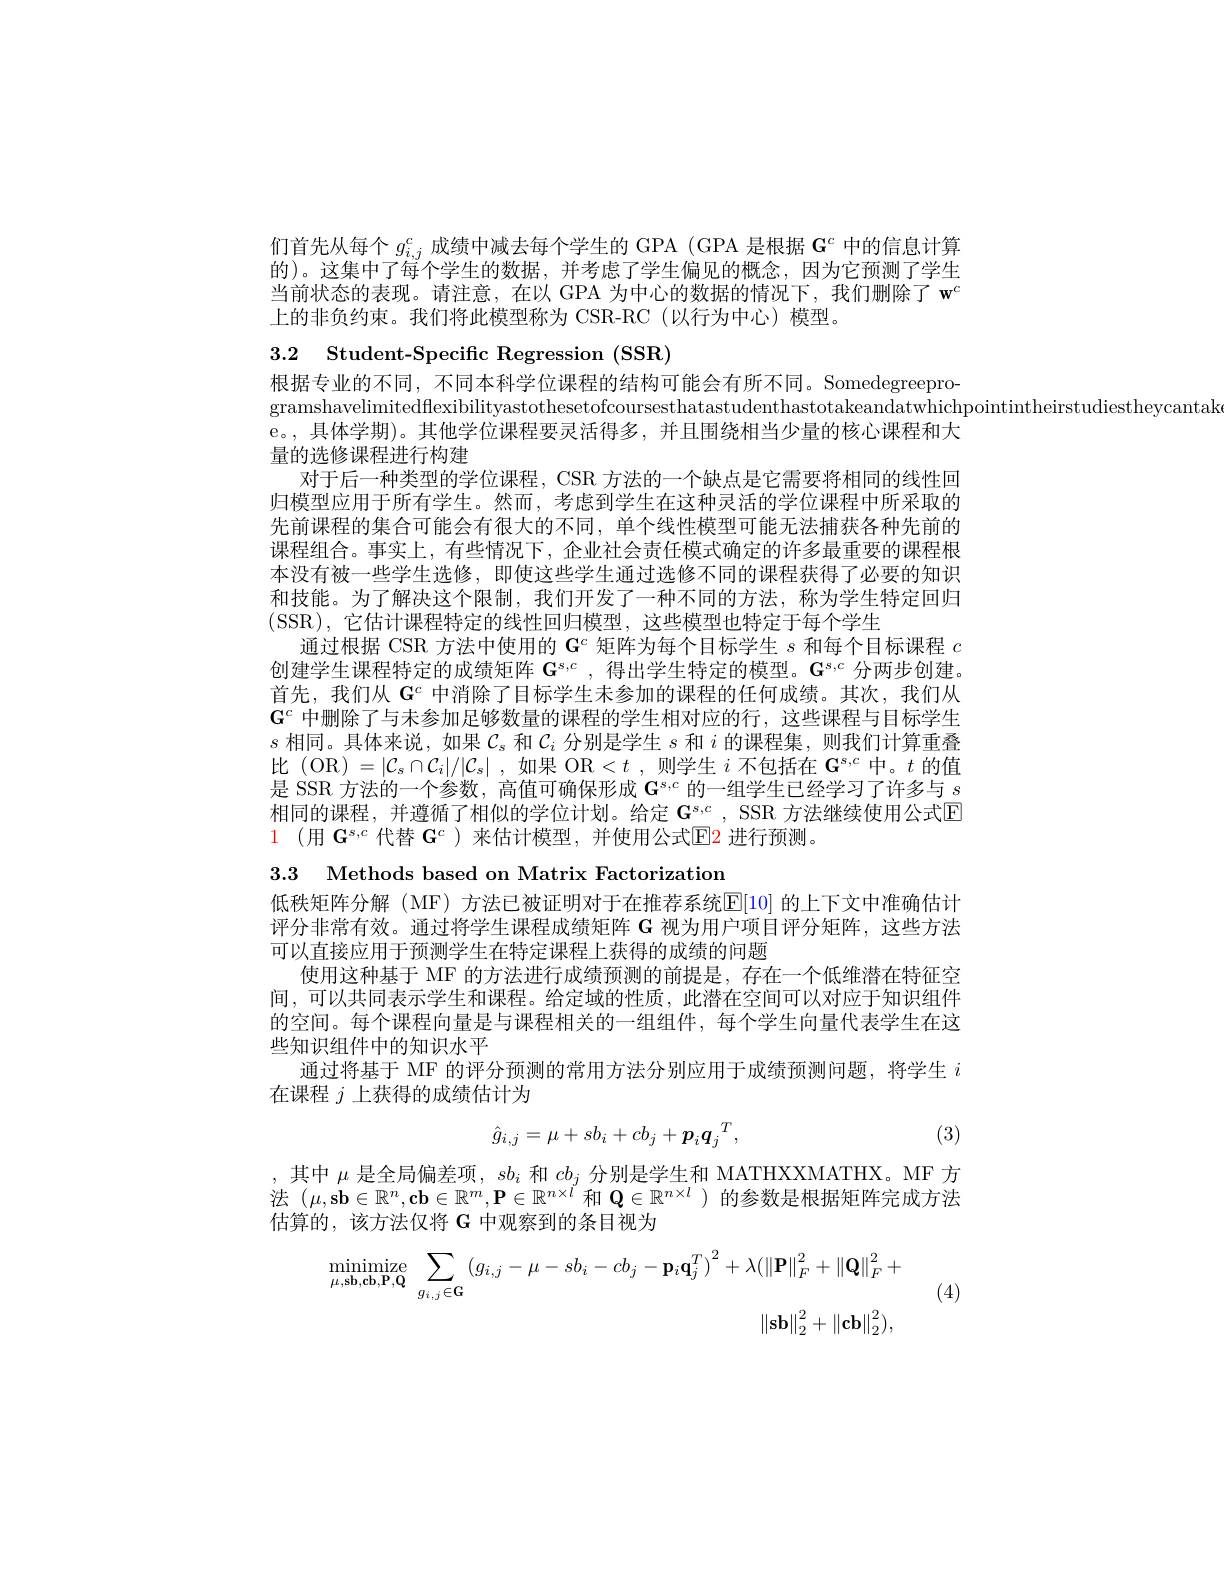
们首先从每个$g_{i,j}^c$成绩中减去每个学生的 GPA (GPA 是根据$\mathbf{G}^c$中的信息计算的)。这集中了每个学生的数据，并考虑了学生偏见的概念，因为它预测了学生当前状态的表现。请注意，在以 GPA 为中心的数据的情况下，我们删除了$\mathbf{w}^c$ 上的非负约束。我们将此模型称为 CSR-RC(以行为中心) 模型。

3.2 Student-Specific Regression (SSR)

根据专业的不同，不同本科学位课程的结构可能会有所不同。Somedegreepro-
gramshavelimitedflexibilityastothesetofcoursesthatastudenthastotakeandatwhichpointintheirstudiestheycantak
e。, 具体学期)。其他学位课程要灵活得多，并且围绕相当少量的核心课程和大
量的选修课程进行构建
对于后一种类型的学位课程，CSR 方法的一个缺点是它需要将相同的线性回归模型应用于所有学生。然而，考虑到学生在这种灵活的学位课程中所采取的先前课程的集合可能会有很大的不同，单个线性模型可能无法捕获各种先前的课程组合。事实上，有些情况下，企业社会责任模式确定的许多最重要的课程根本没有被一些学生选修，即使这些学生通过选修不同的课程获得了必要的知识和技能。为了解决这个限制，我们开发了一种不同的方法，称为学生特定回归(SSR),它估计课程特定的线性回归模型，这些模型也特定于每个学生
通过根据 CSR 方法中使用的 G$^c$矩阵为每个目标学生$s$和每个目标课程$c$ 创建学生课程特定的成绩矩阵 $\mathbf{G} ^{s, c}$ , 得出学生特定的模型。$\mathbf{G}^s,c$ 分两步创建。首先，我们从$\mathbf{G}^c$中消除了目标学生未参加的课程的任何成绩。其次，我们从$\mathbf{G}^c$中删除了与未参加足够数量的课程的学生相对应的行，这些课程与目标学生$s$相同。具体来说，如果$\mathcal{C}_s$和$\mathcal{C}_i$分别是学生$s$和$i$的课程集，则我们计算重叠比 (OR) $=|\mathcal{C}_s\cap\mathcal{C}_i|/|\mathcal{C}_s|$ ,如果 OR$<t$ ,则学生$i$不包括在$\mathbf{G}^s,c$中。$t$的值是 SSR 方法的一个参数，高值可确保形成$\mathbf{G}^{s,c}$的一组学生已经学习了许多与$\underline s$ 相同的课程，并遵循了相似的学位计划。给定 $\mathbf{G}^{s,c}$, SSR 方法继续使用公式$\overline{\mathrm{E}}$ $\color{red}1\:($用 $\mathbf{G}^{s,c}$ 代替 $\mathbf{G}^c$ )来估计模型，并使用公式$\color{red}{\operatorname*{E}}\color{red}{\operatorname*{E}}$ 进行预测。

3.3 Methods based on Matrix Factorization

低秩矩阵分解(MF)方法已被证明对于在推荐系统$\mathbb{E}[10]$ 的上下文中准确估计评分非常有效。通过将学生课程成绩矩阵 G 视为用户项目评分矩阵，这些方法可以直接应用于预测学生在特定课程上获得的成绩的问题
使用这种基于 MF 的方法进行成绩预测的前提是，存在一个低维潜在特征空间，可以共同表示学生和课程。给定域的性质，此潜在空间可以对应于知识组件的空间。每个课程向量是与课程相关的一组组件，每个学生向量代表学生在这些知识组件中的知识水平
通过将基于 MF 的评分预测的常用方法分别应用于成绩预测问题，将学生$i$
在课程$j$上获得的成绩估计为

(3)
$$\hat{g}_{i,j}=\mu+sb_i+cb_j+\boldsymbol{p}_i\boldsymbol{q}_j^T,$$
,其中$\mu$是全局偏差项，$sb_i$和$cb_j$分别是学生和 MATHXXMATHX。MF 方法$(\mu,\mathbf{s}\mathbf{b}\in\mathbb{R}^n,\mathbf{c}\mathbf{b}\in\mathbb{R}^m,\mathbf{P}\in\mathbb{R}^{n\times l}$和$\mathbf{Q}\in\mathbb{R}^n\times l$ )的参数是根据矩阵完成方法估算的，该方法仅将 G 中观察到的条目视为
$$\begin{aligned}\underset{\mu,s\mathbf{b},c\mathbf{b},\mathbf{P},\mathbf{Q}}{\operatorname*{minimize}}\sum_{g_{i,j}\in\mathbf{G}}(g_{i,j}-\mu-sb_{i}-cb_{j}-\mathbf{p}_{i}\mathbf{q}_{j}^{T})^{2}+\lambda(\|\mathbf{P}\|_{F}^{2}+\|\mathbf{Q}\|_{F}^{2}+\\&\|\mathbf{s}\mathbf{b}\|_{2}^{2}+\|\mathbf{c}\mathbf{b}\|_{2}^{2}),\end{aligned}$$
(4)